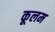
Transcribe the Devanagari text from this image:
कूलम